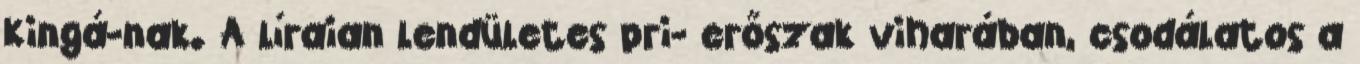
Kingá-nak. A líraian lendületes pri- erőszak viharában, csodálatos a